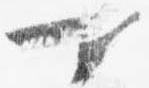
可